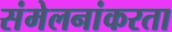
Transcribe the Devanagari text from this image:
संमेलनांकरता